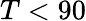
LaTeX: T<90